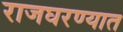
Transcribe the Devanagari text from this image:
राजघरण्यात